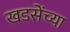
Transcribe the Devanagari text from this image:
खडसेंच्या